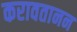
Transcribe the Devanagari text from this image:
करावतानन